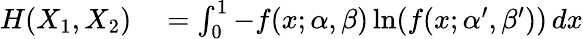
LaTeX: \begin{array}{rl}{H(X_{1},X_{2})}&{{}=\int_{0}^{1}-f(x;\alpha,\beta)\ln(f(x;\alpha^{\prime},\beta^{\prime}))\, dx}\end{array}